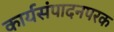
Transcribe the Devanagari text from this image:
कार्यसंपादनपरक